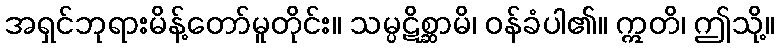
အရှင်ဘုရားမိန့်တော်မူတိုင်း။ သမ္ပဋိစ္ဆာမိ၊ ဝန်ခံပါ၏။ ဣတိ၊ ဤသို့။